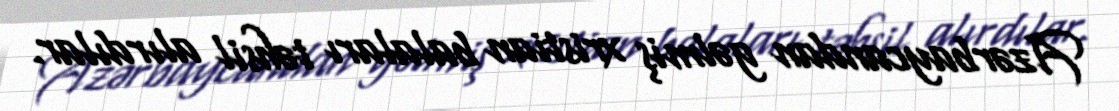
Azərbaycandan gəlmiş xristian balaları təhsil alırdılar.